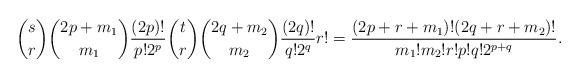
LaTeX: \begin{align*} \binom{s}{r}\binom{2p +m_1}{m_1} \frac{(2p)!}{p! 2^p} \binom{t}{r}\binom{2q+m_2}{m_2} \frac{(2q)!}{q! 2^q} r! =\frac{(2p+r+m_1)!(2q+r+m_2)!}{m_1 !m_2 ! r!p!q! 2^{p+q}}. \end{align*}